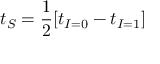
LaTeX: t _ { S } = \frac { 1 } { 2 } [ t _ { I = 0 } - t _ { I = 1 } ]